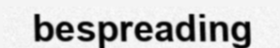
bespreading